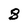
Character: 8